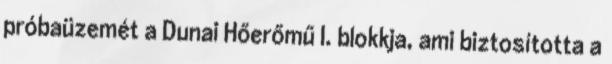
próbaüzemét a Dunai Hőerőmű I. blokkja, ami biztosította a